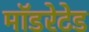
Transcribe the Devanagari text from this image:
मॉडरेटेड